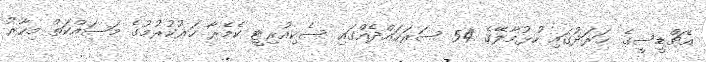
އެޗްޑީސީގެ ޚަރަދުގައި ހުޅުމާލޭގެ 54 ސަރަހައްދެއްގައި ސެކިއުރިޓީ ކެމެރާ ހަރުކުރުމުގެ މަސައްކަތް މިހާރު